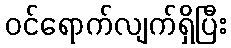
ဝင်ရောက်လျက်ရှိပြီး